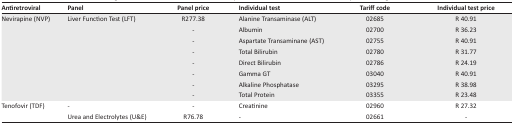
<table><thead><tr><td><b>Antiretroviral</b></td><td><b>Panel</b></td><td><b>Panel price</b></td><td><b>Individual test</b></td><td><b>Tariff code</b></td><td><b>Individual test price</b></td></tr></thead><tbody><tr><td>Nevirapine (NVP)</td><td>Liver Function Test (LFT)</td><td>R277.38</td><td>Alanine Transaminase (ALT)</td><td>02685</td><td>R 40.91</td></tr><tr><td></td><td></td><td>-</td><td>Albumin</td><td>02700</td><td>R 36.23</td></tr><tr><td></td><td></td><td>-</td><td>Aspartate Transaminane (AST)</td><td>02755</td><td>R 40.91</td></tr><tr><td></td><td></td><td>-</td><td>Total Bilirubin</td><td>02780</td><td>R 31.77</td></tr><tr><td></td><td></td><td>-</td><td>Direct Bilirubin</td><td>02786</td><td>R 24.19</td></tr><tr><td></td><td></td><td>-</td><td>Gamma GT</td><td>03040</td><td>R 40.91</td></tr><tr><td></td><td></td><td>-</td><td>Alkaline Phosphatase</td><td>03295</td><td>R 38.98</td></tr><tr><td></td><td></td><td>-</td><td>Total Protein</td><td>03355</td><td>R 23.48</td></tr><tr><td>Tenofovir (TDF)</td><td>-</td><td>-</td><td>Creatinine</td><td>02960</td><td>R 27.32</td></tr><tr><td></td><td>Urea and Electrolytes (U&amp;E)</td><td>R76.78</td><td>-</td><td>02661</td><td>-</td></tr></tbody></table>